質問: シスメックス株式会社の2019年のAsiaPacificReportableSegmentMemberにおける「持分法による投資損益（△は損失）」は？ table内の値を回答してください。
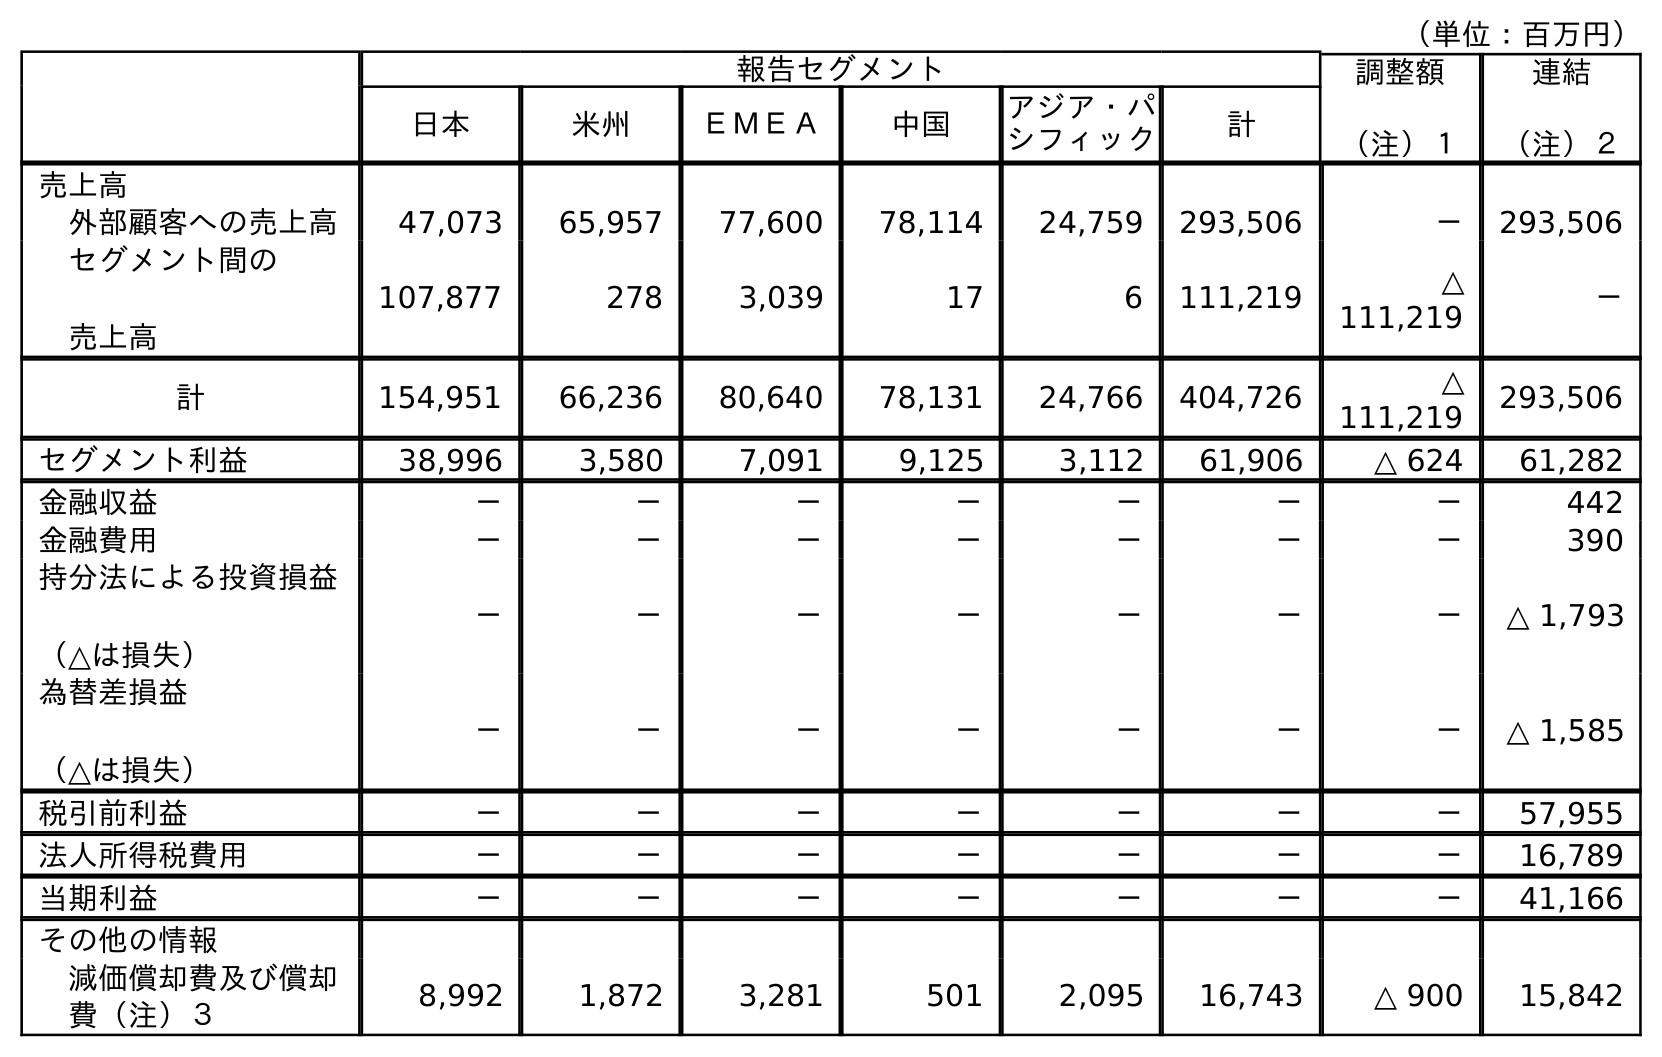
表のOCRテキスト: （単位：百万円） 報告セグメント 調整額 （注）１ 連結 （注）２ 日本 米州 ＥＭＥＡ 中国 アジア・パ シフィック 計 売上高 外部顧客への売上高 47,073 65,957 77,600 78,114 24,759 293,506 － 293,506 セグメント間の 売上高 107,877 278 3,039 17 6 111,219 △ 111,219 － 計 154,951 66,236 80,640 78,131 24,766 404,726 △ 111,219 293,506 セグメント利益 38,996 3,580 7,091 9,125 3,112 61,906 △ 624 61,282 金融収益 － － － － － － － 442 金融費用 － － － － － － － 390 持分法による投資損益 （△は損失） － － － － － － － △ 1,793 為替差損益 （△は損失） － － － － － － － △ 1,585 税引前利益 － － － － － － － 57,955 法人所得税費用 － － － － － － － 16,789 当期利益 － － － － － － － 41,166 その他の情報 減価償却費及び償却 費（注）３ 8,992 1,872 3,281 501 2,095 16,743 △ 900 15,842
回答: －